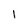
Character: l